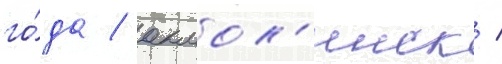
го́да / акмол'инск /